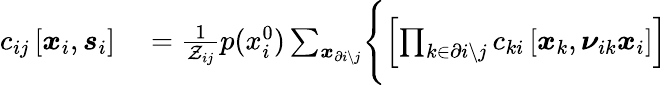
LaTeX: \begin{array}{rl}{c_{ij}\left[\boldsymbol{x}_{i},\boldsymbol{s}_{i}\right]}&{{}=\frac{1}{\mathcal{Z}_{ij}}p(x_{i}^{0})\sum_{\boldsymbol{x}_{\partial i\setminus j}}\Biggl\{ \left[\prod_{k\in\partial i\setminus j}c_{ki}\left[\boldsymbol{x}_{k},\boldsymbol{\nu}_{ik}\boldsymbol{x}_{i}\right]\right]}\end{array}